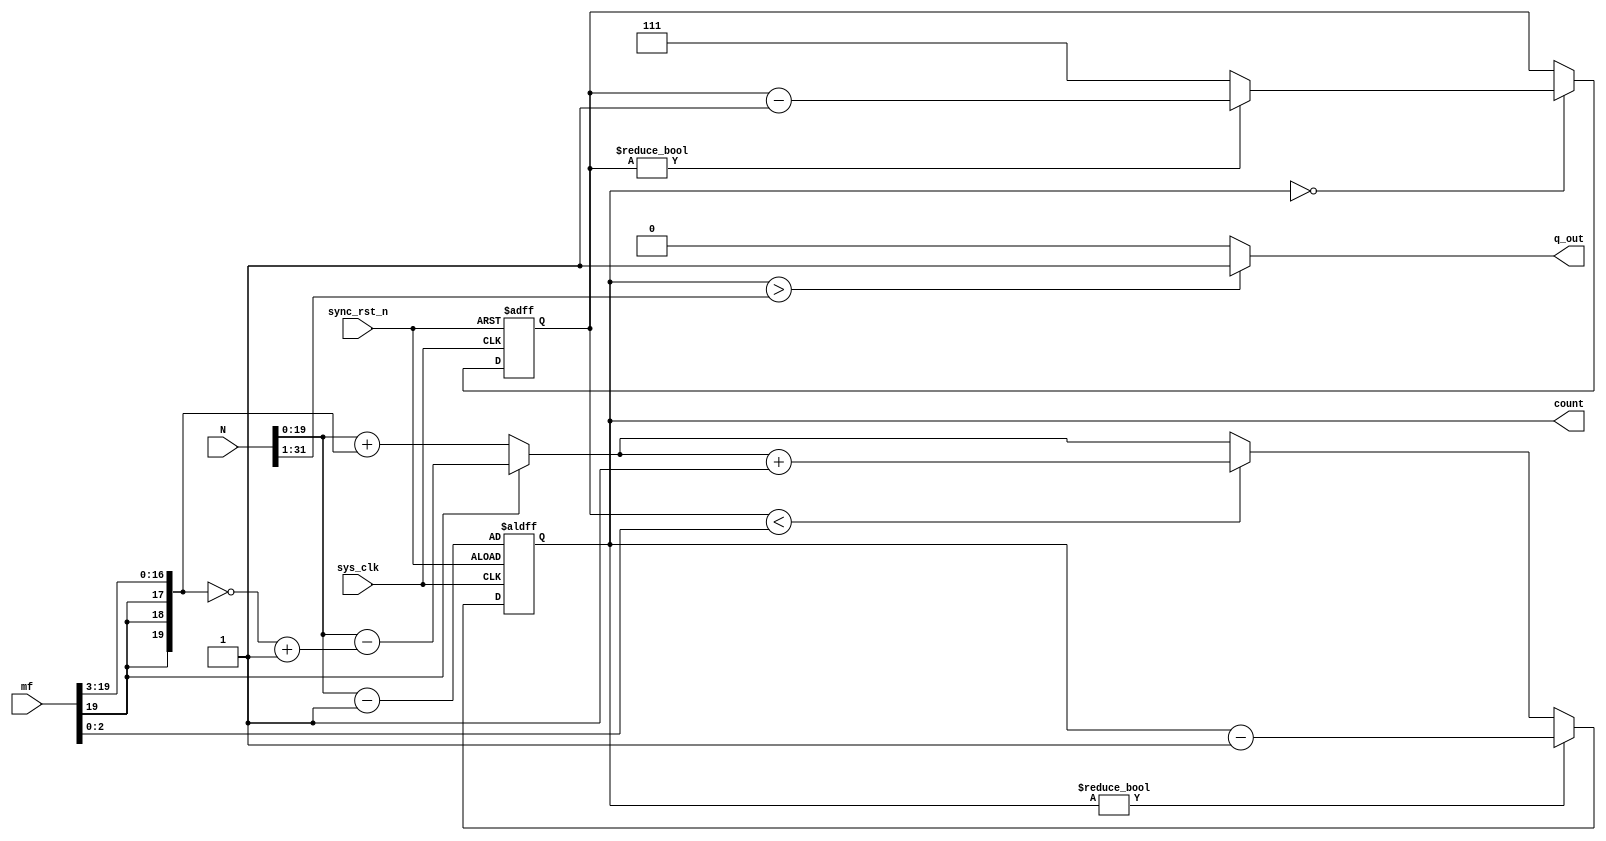
module frac_divider #(parameter WIDTH = 20, FSZE = 3)(
    // inputs
    input sys_clk,
    input sync_rst_n,
    input [31:0] N,                 // integer divider
    input signed [WIDTH-1:0] mf,    // fractional divide ...yyyyy.xxx
    // outputs
    output [WIDTH-1:0] count,
    output q_out
    );

localparam MSB = WIDTH-1;
localparam fsze = FSZE;             // # of fractional bits

reg [WIDTH-1:0] ncoarse;
wire [fsze-1:0] nfine;
reg signed [WIDTH-1:0] mfs4;
reg [WIDTH-1:0] M;
reg [fsze-1:0] mcnt;

wire rst;

// initialize
initial begin
    mcnt[fsze-1:0] = 0;
    end

// assign
    assign q_out = (M > (N>>1)) ? 1'b1 : 1'b0;
    assign count = M;
    assign rst = ~sync_rst_n;
    assign nfine = mf[fsze-1:0] ;

////// combinatorial /////
always @ (*) begin
      mfs4 <= mf>>>fsze;
      ncoarse <= (mf[MSB]) ? (N - (~mfs4+1)) : (N + mfs4);
end

// --------------------------------------------------

    always @(negedge sys_clk, posedge rst) begin        // mcnt register
        if(rst)
            mcnt <= 0;
        else begin
                if(M==0) begin
                    if(mcnt!=0)
                        mcnt <= mcnt-1;
                    else
                        mcnt <= (1 << fsze) - 1;
                end
        end
    end

    always @(negedge sys_clk, posedge rst) begin        // M register
        if (rst)
            M <= N-1;
        else begin
                if(M !=0)
                    M <= M - 1'b1;
                else if( mcnt < nfine)
                    M <= ncoarse + 1'b1;
                else
                    M <= ncoarse;
        end
    end

endmodule